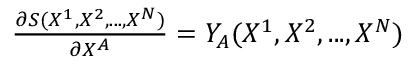
\begin{array} { r } { \frac { \partial S ( X ^ { 1 } , X ^ { 2 } , . . . , X ^ { N } ) } { \partial X ^ { A } } = Y _ { A } ( X ^ { 1 } , X ^ { 2 } , . . . , X ^ { N } ) } \end{array}